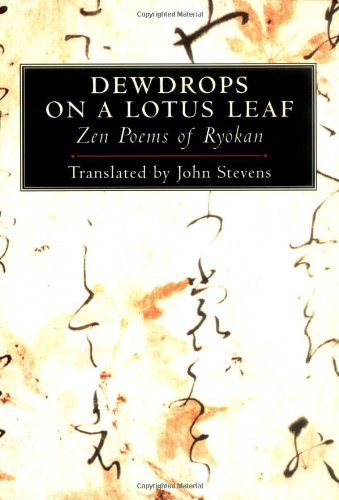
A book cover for Dewdrops on a Lotus Leaf: Zen Poems of Ryokan; Ryokan; Literature & Fiction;